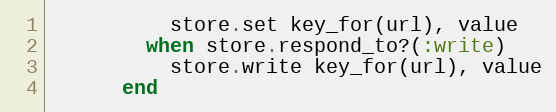
Language: Ruby
          store.set key_for(url), value
        when store.respond_to?(:write)
          store.write key_for(url), value
      end